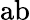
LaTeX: \mathrm{ab}